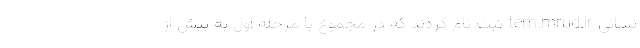
نشانی tem.mrud.ir ثبت نام کردند که در مجموع با مرحله اول به بیش از